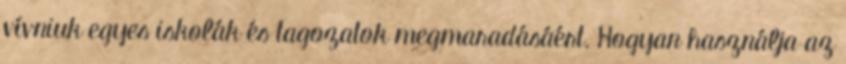
vívniuk egyes iskolák és tagozatok megmaradásáért. Hogyan használja az